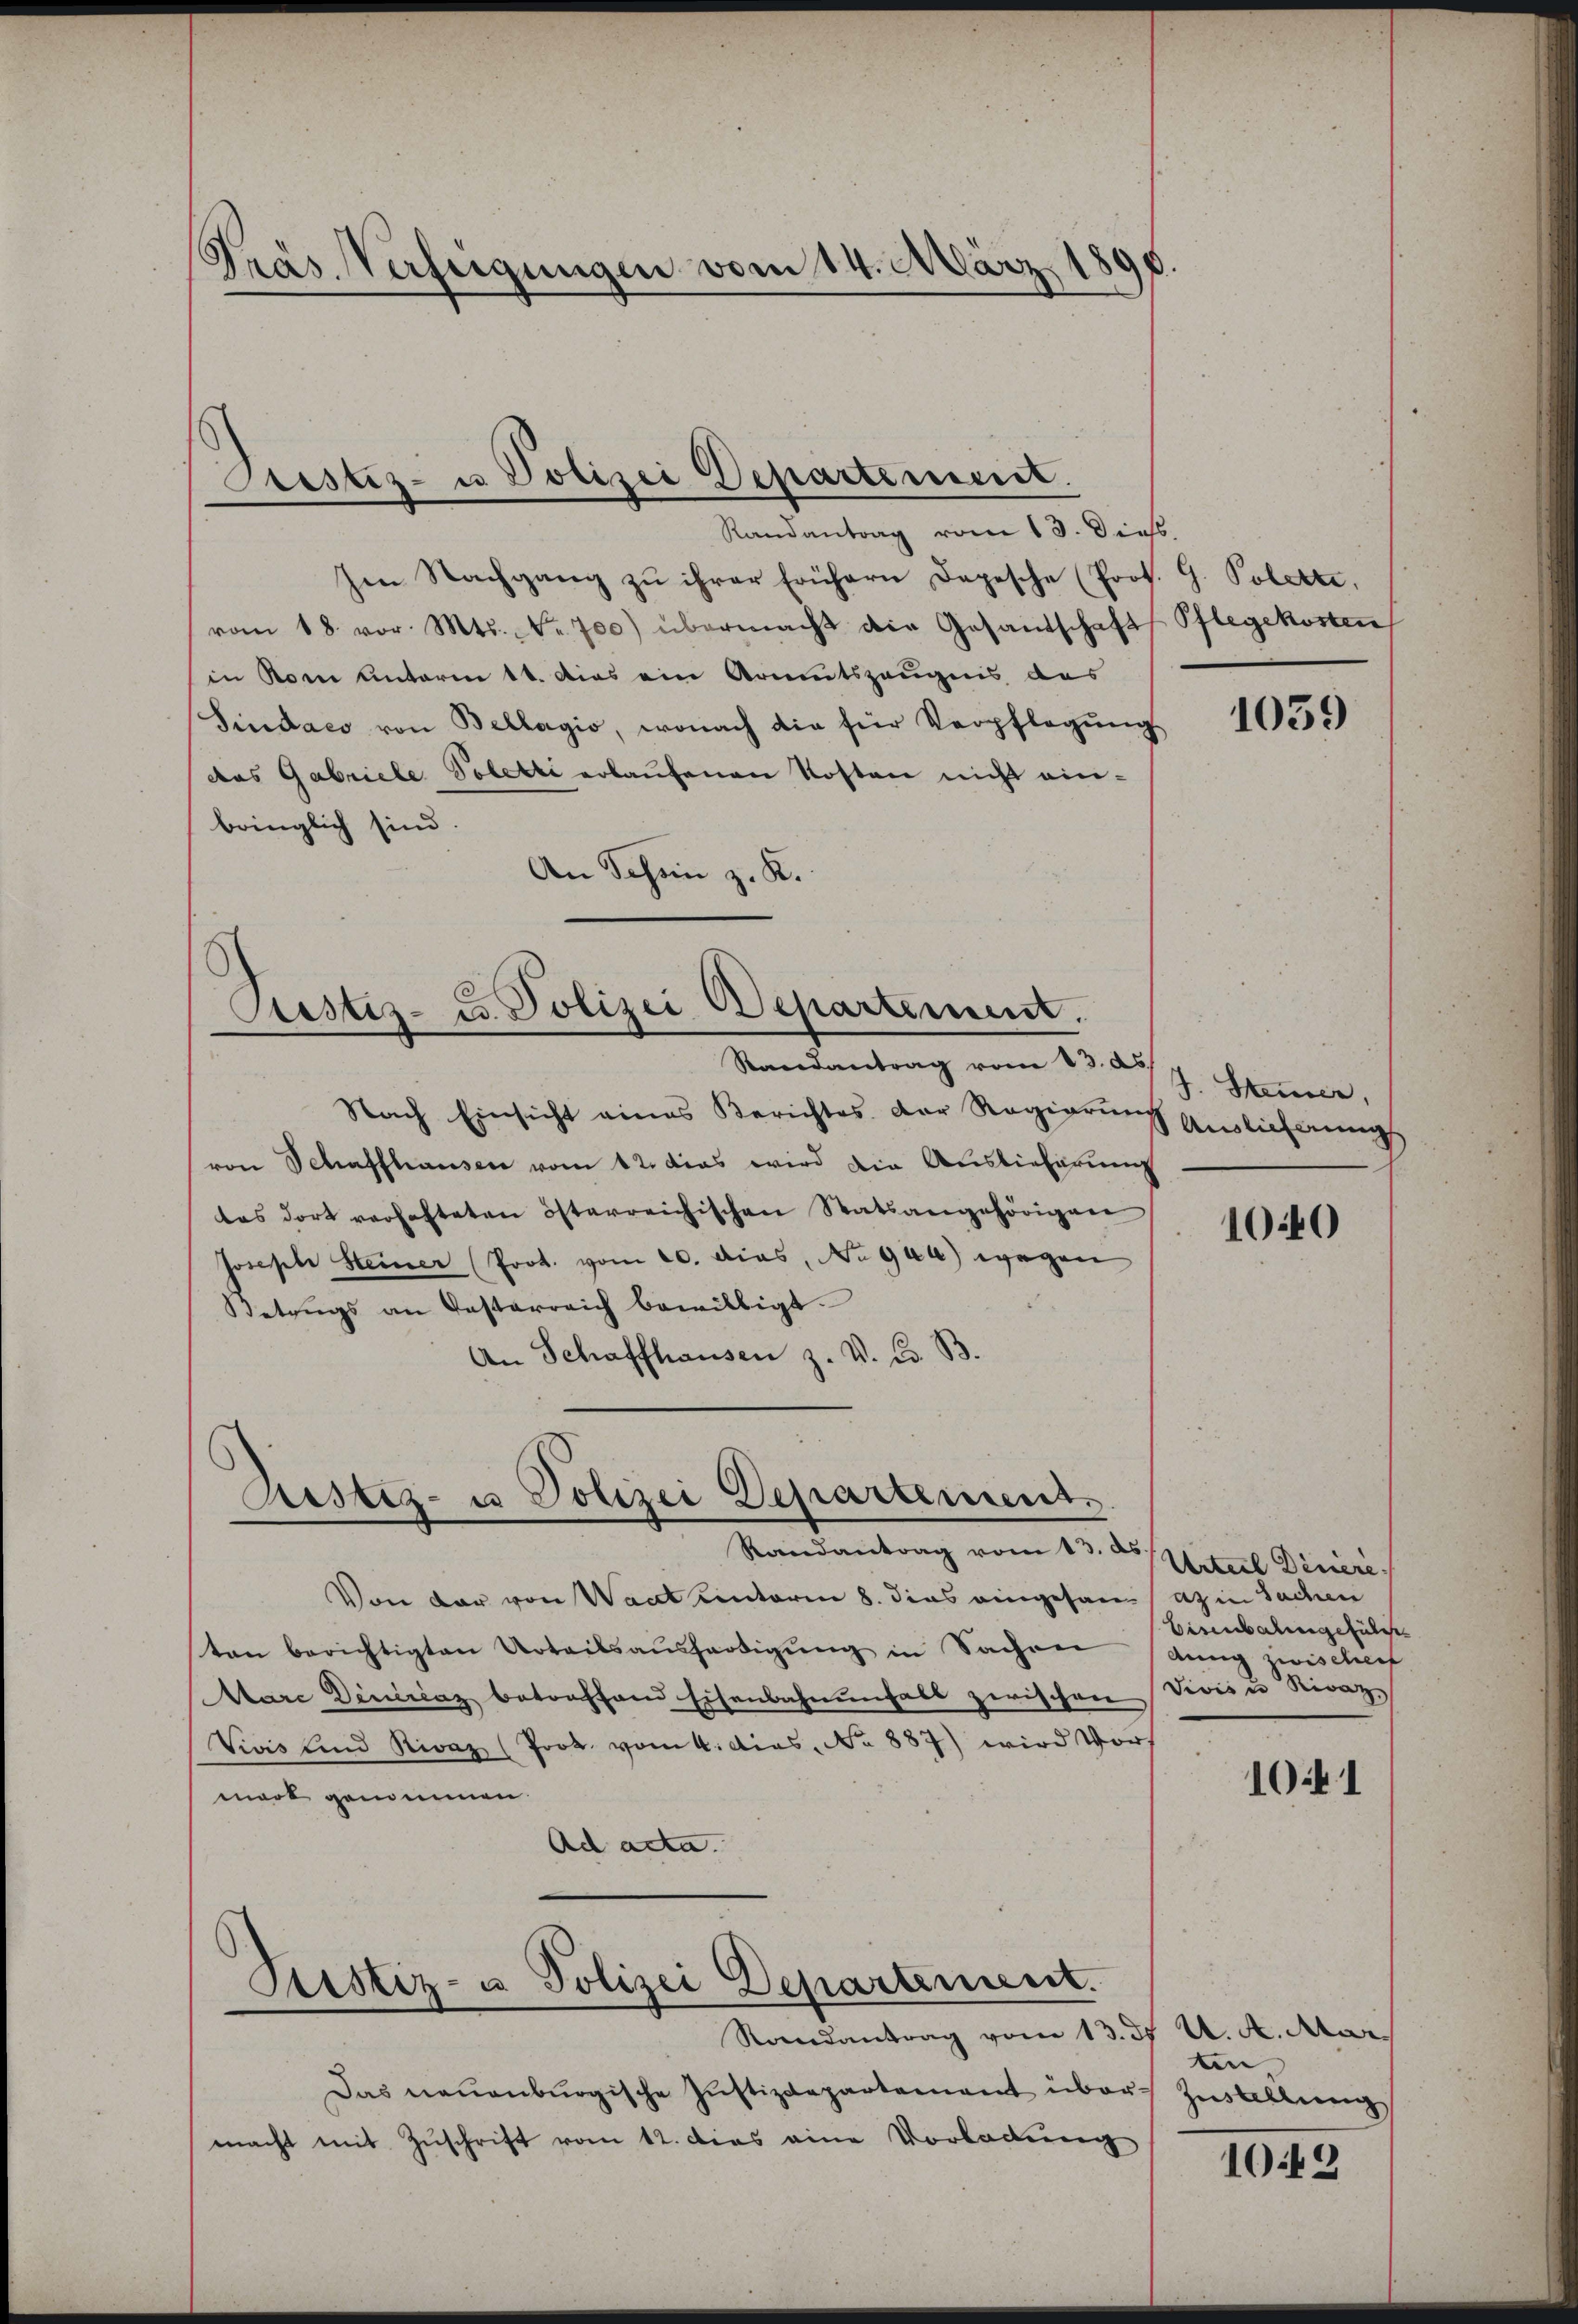
Präs. Verfügungen vom 14. März 180

Astiz- u Polizei Departement.
Randantrag vom 13. Diess.

Im Nachgang zu ihrer frühern Depesche (Prok. G. Polette,
vom 18. vor. Mts. Fr. 700) übermacht die Gesandschaft Pflegekosten
in Rom unterm 11. Dies ein Armutszeugnis des
Sindaco von Bellagio, wonach die für Verpflegŭng
das Gabriele Poletti erlaŭfenen Kosten nicht einbringlich sind.
An Schön z. K.

Custiz- u. Polizei Departement.
Randantrag vom 13. ds.

Nach Einsicht eines Berichtes der Regierung einlicherungs
von Schaffhausen vom 12. das wird die Auslieferung
tes dort verhafteten österreichischen Statsangehörigen
Joseph Steiner (Prot. vom 20. dies, No 944) wegen
Betrags an Oesterreich bewilligt.
An Schaffhausen z. V. C. B.

Rustiz- u Polizei Departement
Randantrag vom 13. ds

Justiz- u Polizei Departement.
Randantrag vom 13. ds A. A. Mar

Von der von Waat unterm 8. dies eingesana in Sachen
ten berichtigten Urteilsaŭsfertigŭng in Sachen dung zwischer
Aare Deniccaz betreffend Eisenbahnungals zwischen Divisu Kiraz
Vivis und Rivaz (Prok. vom 4. das No 887) wird Vors
mort genommen
Ad acta.

Das neuenburgische Justizdepartement über Zŭstellung
macht mit Zuschrift vom 12. dies eine Vorladung

1059

J. Steuer,

1040

Urteil Deniere
Eisenbahngeführe

1041

ten

1049